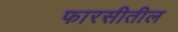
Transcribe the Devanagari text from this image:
फारसीतील